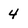
Character: 4